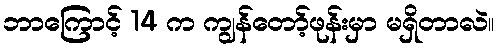
ဘာကြောင့် 14 က ကျွန်တော့်ဖုန်းမှာ မရှိတာလဲ။